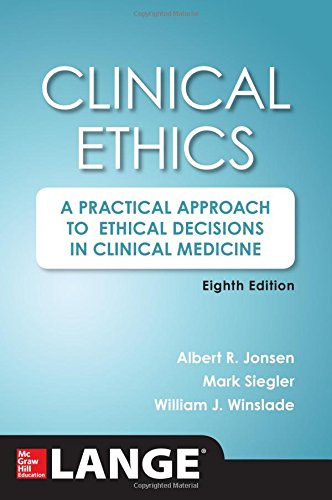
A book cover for Clinical Ethics, 8th Edition: A Practical Approach to Ethical Decisions in Clinical Medicine, 8E; Albert Jonsen; Medical Books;